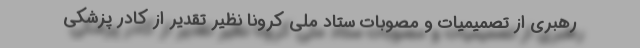
رهبری از تصمیمیات و مصوبات ستاد ملی کرونا نظیر تقدیر از کادر پزشکی